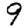
Digit: 9